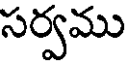
సర్వము